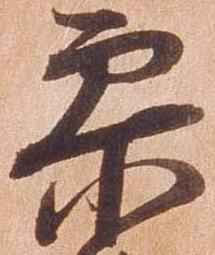
参